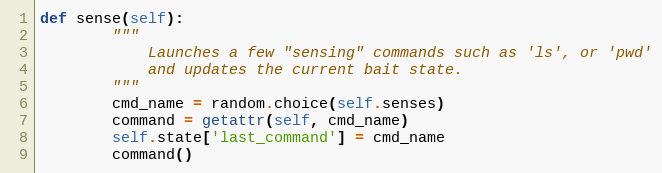
Language: Python
def sense(self):
        """
            Launches a few "sensing" commands such as 'ls', or 'pwd'
            and updates the current bait state.
        """
        cmd_name = random.choice(self.senses)
        command = getattr(self, cmd_name)
        self.state['last_command'] = cmd_name
        command()